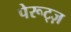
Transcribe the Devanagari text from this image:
पेरूट्ज़